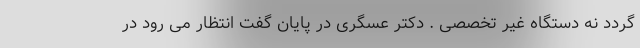
گردد نه دستگاه غیر تخصصی . دکتر عسگری در پایان گفت انتظار می رود در